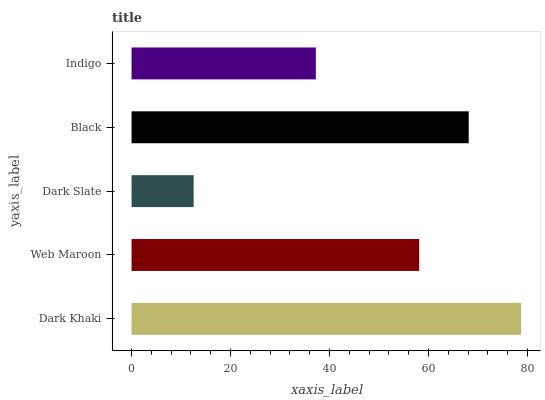
| yaxis_label | bars |
 | --- | --- |
 | Dark Khaki | 78.7 |
 | Web Maroon | 58.1 |
 | Dark Slate | 12.5 |
 | Black | 68.1 |
 | Indigo | 37.2 |